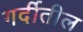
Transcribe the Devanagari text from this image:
गर्दीतील